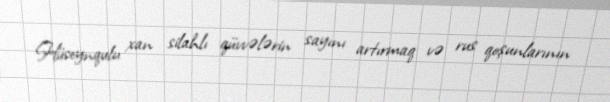
Hüseynqulu xan silahlı qüvvələrin sayını artırmaq və rus qoşunlarının